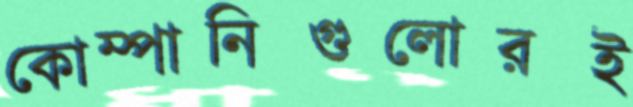
কোম্পানিগুলোরই